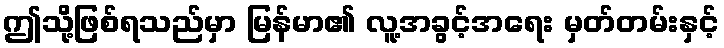
ဤသို့ဖြစ်ရသည်မှာ မြန်မာ၏ လူ့အခွင့်အရေး မှတ်တမ်းနှင့်